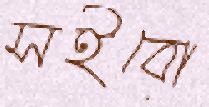
সইবো